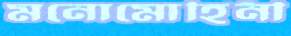
মনোমোহিনী